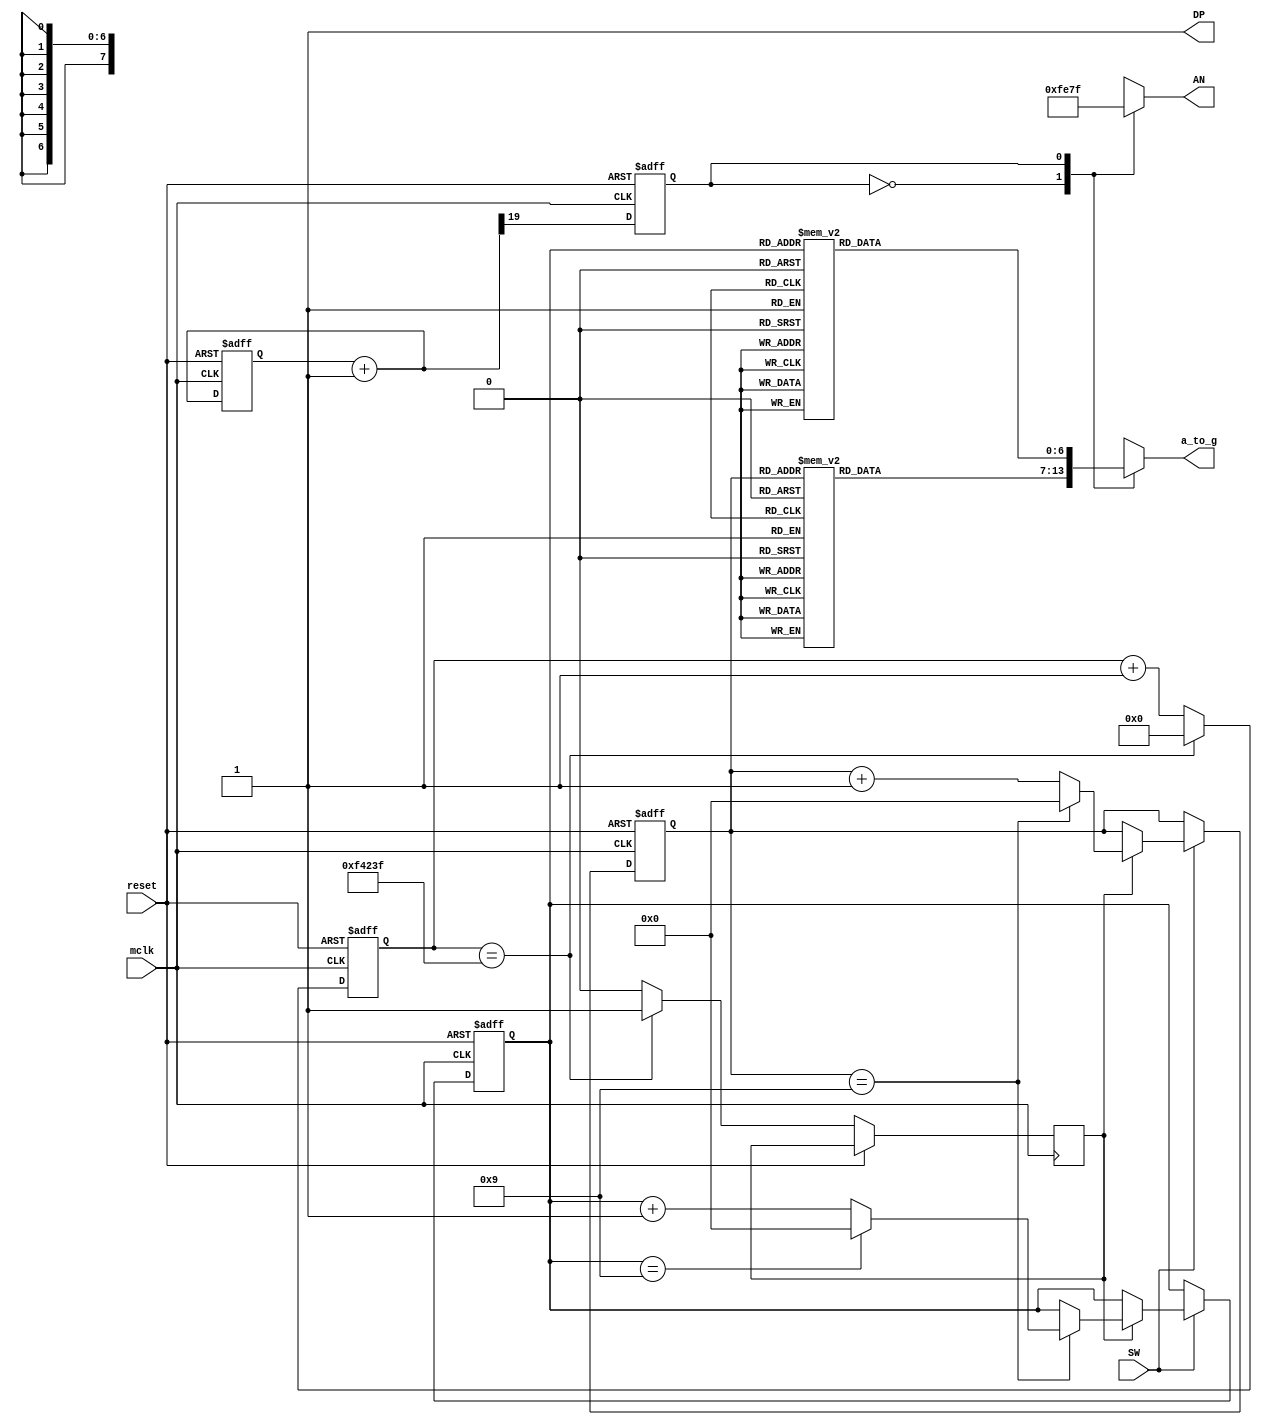
`timescale 1ns / 1ps
//////////////////////////////////////////////////////////////////////////////////
// Company: 
// Engineer: 
// 
// Design Name: 
// Module Name: sseg
// Project Name: 
// Target Devices: 
// Tool Versions: 
// Description: 
// 
// Dependencies: 
// 
// Revision:
// Revision 0.01 - File Created
// Additional Comments:
// 
//////////////////////////////////////////////////////////////////////////////////


module sseg(
        input SW,
        input mclk,
        input reset, 
        output reg [6:0] a_to_g,
        output reg [7:0] AN,
        output DP
            );
        //make decimal zero
        assign DP = 1'b1;
        
        reg [19:0] blink_refresh;
        reg sseg_activate;
        
//        parameter max_count = 10_000_000-1;
        parameter max_count = 1000000-1;
        reg    count;
        reg     [26:0] counter_100;
        reg     [3:0] counter_10l;
        reg     [3:0] counter_10h;
        
        initial begin
            counter_100 = 0;
            counter_10l = 0;
            counter_10h = 0;
            blink_refresh = 0;
            sseg_activate = 0;
            count = 0;
        end
        
        //counter to divide the 100Mhz
        always @(posedge mclk, posedge reset)
            if(reset)
                counter_100 <=0;
            else if (counter_100 == max_count) begin
                counter_100 <=0;
                count = 1;
            end
            else begin
                counter_100 <= counter_100 + 1'b1;
                count = 0;
            end
        //counter to count evey number in 1hz
        always @(posedge mclk or posedge reset)
            if(reset) begin
                counter_10l <= 0;
                counter_10h <= 0;
                end
            else if (SW)
                if (count)
                //if it goes pass 9, reset
                    if(counter_10l==9)begin
                        counter_10l <=0;
                        if(counter_10h==9)
                            counter_10h <=0;
                        else
                            counter_10h <= counter_10h + 1'b1;
                        end
                    else
                        counter_10l <= counter_10l + 1'b1;
                 
    always @ (posedge mclk or  posedge reset)
        begin
            if (reset)
                blink_refresh <= 0;
            else
                blink_refresh = blink_refresh + 1'b1;
                sseg_activate = blink_refresh[19];
        end
        
        
        
    always @ (*)
        begin
            case (sseg_activate)
                0: begin
                    AN <= 8'b11111110;
                    case(counter_10l)
                        0: a_to_g = 7'b0000001;
                        1: a_to_g = 7'b1001111;
                        2: a_to_g = 7'b0010010;
                        3: a_to_g = 7'b0000110;
                        4: a_to_g = 7'b1001100;
                        5: a_to_g = 7'b0100100;
                        6: a_to_g = 7'b0100000; 
                        7: a_to_g = 7'b0001111;
                        8: a_to_g = 7'b0000000;
                        9: a_to_g = 7'b0000100;
                        default: a_to_g = 7'b0000001;
                    endcase
                end
                1: begin
                    AN <= 8'b01111111;
                    case(counter_10h)
                        0: a_to_g = 7'b0000001;
                        1: a_to_g = 7'b1001111;
                        2: a_to_g = 7'b0010010;
                        3: a_to_g = 7'b0000110;
                        4: a_to_g = 7'b1001100;
                        5: a_to_g = 7'b0100100;
                        6: a_to_g = 7'b0100000; 
                        7: a_to_g = 7'b0001111;
                        8: a_to_g = 7'b0000000;
                        9: a_to_g = 7'b0000100;
                        default: a_to_g = 7'b0000001;
                    endcase
                end
            endcase
        end

endmodule